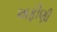
અફીણી